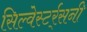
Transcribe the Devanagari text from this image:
सिल्वेस्टर्र्सनी